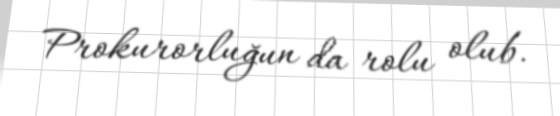
Prokurorluğun da rolu olub.